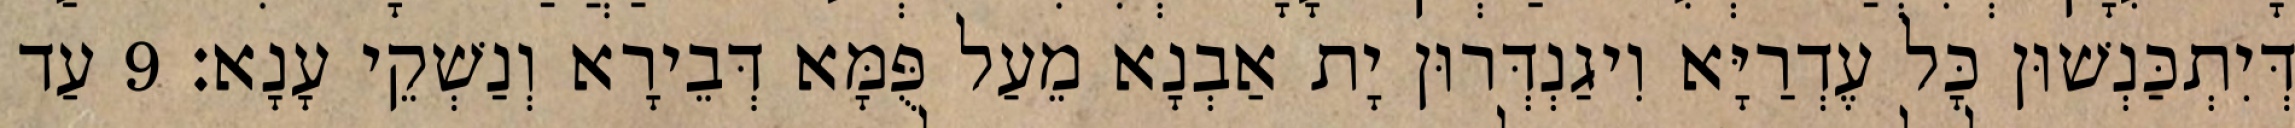
דְּיִתְכַּנְשׁוּן כָּל עֶדְרַיָּא וִיגַנְדְּרוּן יָת אַבְנָא מֵעַל פֻּמָּא דְּבֵירָא וְנַשְׁקֵי עָנָא׃ 9 עַד